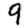
Digit: 9